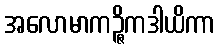
အလောမာကဉ္ဇိကဒါယိကာ